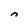
Character: n